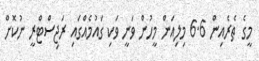
މީގެ ތެރެއިން 6.6 މިލިއަން މީހުން ވަނީ ވަކި ގައުމެއްގައި ރަޖިސްޓްރީ ނުކޮށް